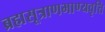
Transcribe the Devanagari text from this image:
ब्रह्मसूत्राणभाण्यवृत्ति